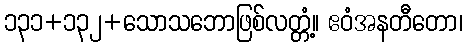
၁၃၁+၁၃၂+သောသဘောဖြစ်လတ္တံ့။ ဧဝံအနတီတော၊